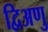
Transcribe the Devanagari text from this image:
द्विअणु